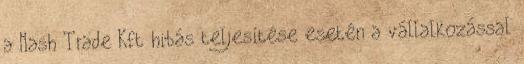
a Nash Trade Kft hibás teljesítése esetén a vállalkozással